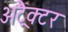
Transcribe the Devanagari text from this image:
अट्रैक्टर